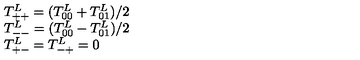
\begin{array} { l l } { T _ { + + } ^ { L } = ( T _ { 0 0 } ^ { L } + T _ { 0 1 } ^ { L } ) / 2 } \\ { T _ { -- } ^ { L } = ( T _ { 0 0 } ^ { L } - T _ { 0 1 } ^ { L } ) / 2 } \\ { T _ { + - } ^ { L } = T _ { - + } ^ { L } = 0 } \\ \end{array}